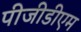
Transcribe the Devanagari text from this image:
पीजीडीएम